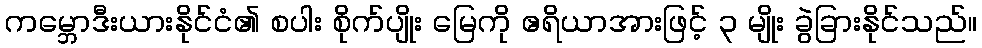
ကမ္ဘောဒီးယားနိုင်ငံ၏ စပါး စိုက်ပျိုး မြေကို ဧရိယာအားဖြင့် ၃ မျိုး ခွဲခြားနိုင်သည်။